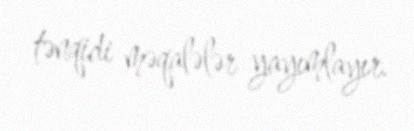
tənqidi məqalələr yayımlayır.